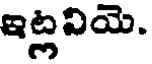
ఇట్లవియె.